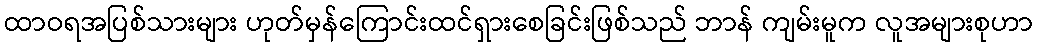
ထာဝရအပြစ်သားများ ဟုတ်မှန်ကြောင်းထင်ရှားစေခြင်းဖြစ်သည် ဘာန် ကျမ်းမူက လူအများစုဟာ